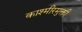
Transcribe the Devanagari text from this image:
काश्मीरमुक्ती